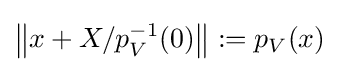
\left\|x+X/p_{V}^{-1}(0)\right\|:=p_{V}(x)